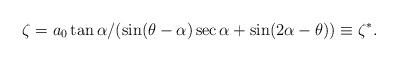
LaTeX: \begin{align*}\zeta={a_0}\tan{\alpha}/(\sin(\theta-\alpha)\sec{\alpha}+\sin(2\alpha-\theta))\equiv{\zeta}^{*}.\end{align*}